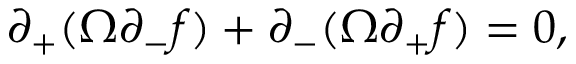
\partial _ { + } ( \Omega \partial _ { - } f ) + \partial _ { - } ( \Omega \partial _ { + } f ) = 0 ,